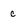
Character: c